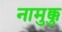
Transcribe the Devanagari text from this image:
नामुक्कु